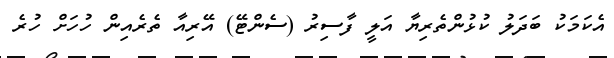
އެކަމަކު ބަދަލު ކުޅުންތެރިޔާ އަލީ ފާސިރު (ސެންޓޭ) އޭރިއާ ތެރެއިން ހުހަށް ހުރެ